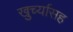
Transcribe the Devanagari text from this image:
खुर्च्यासह